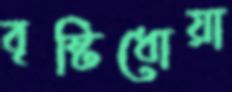
বৃষ্টিধোয়া